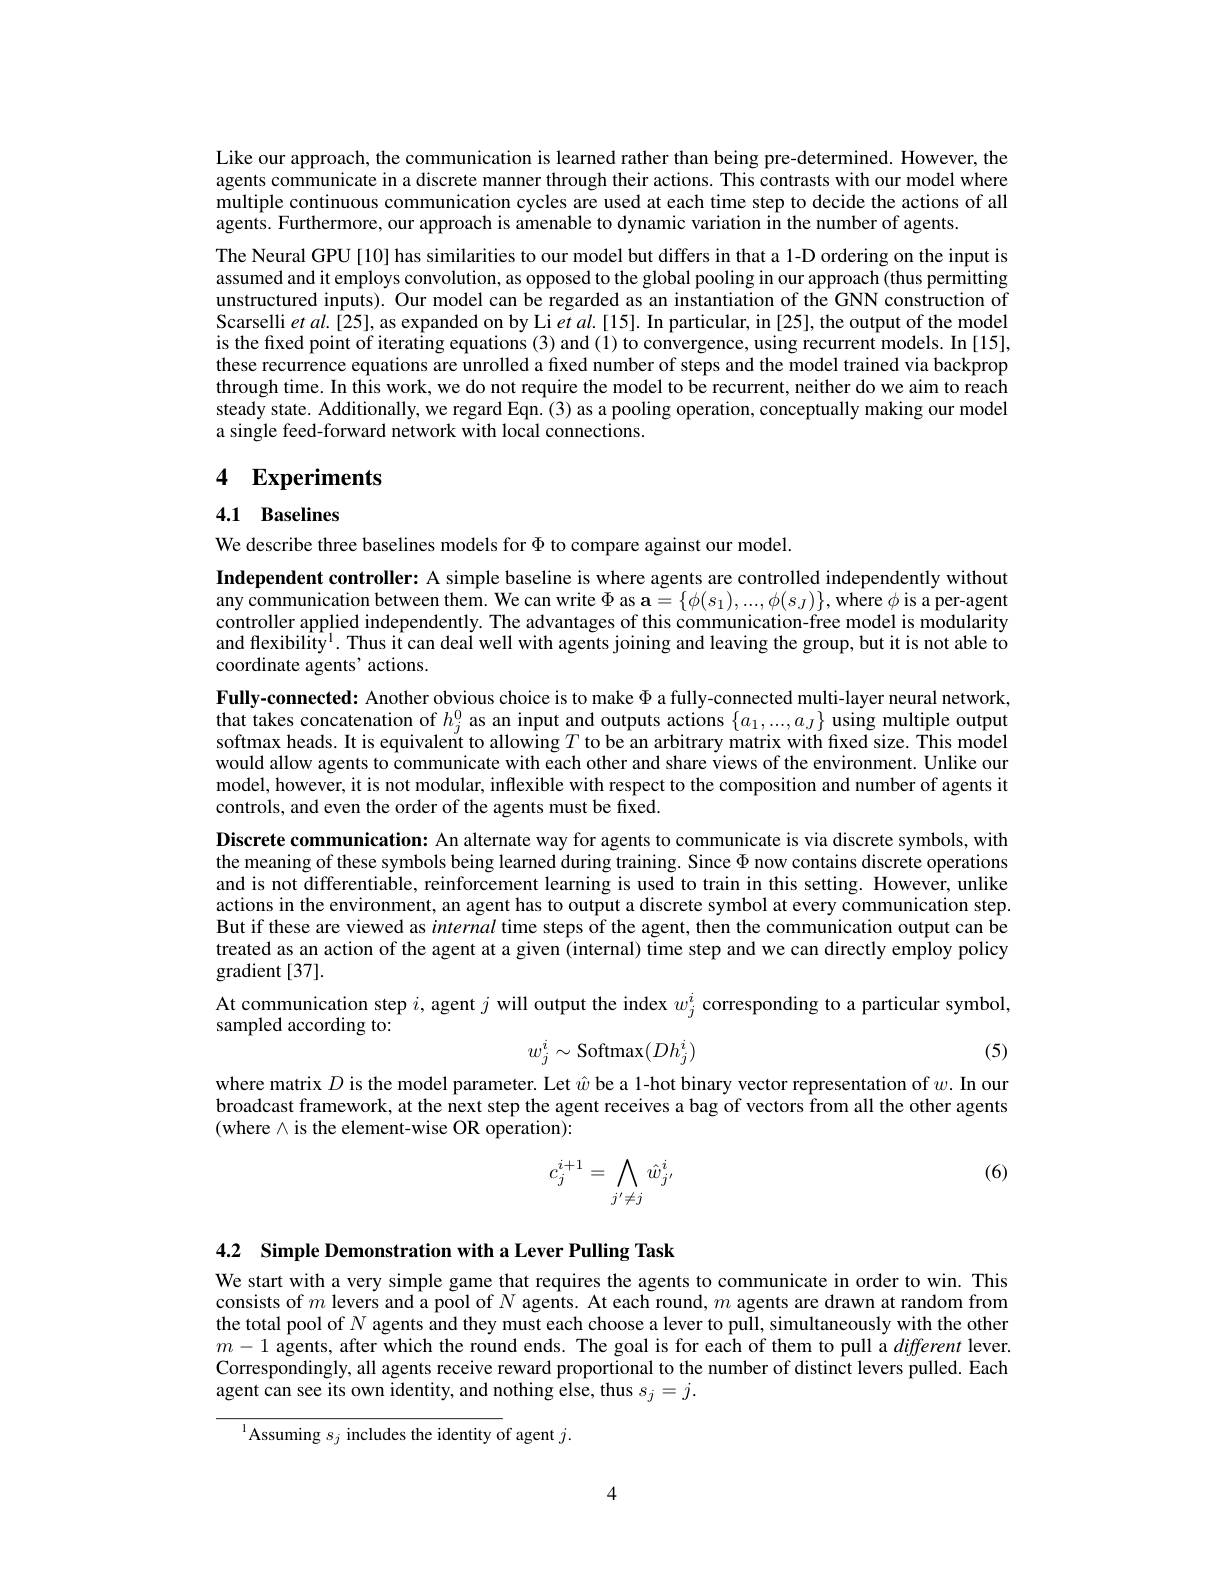
Like our approach, the communication is learned rather than being pre-determined. However, the agents communicate in a discrete manner through their actions. This contrasts with our model where multiple continuous communication cycles are used at each time step to decide the actions of all agents. Furthermore, our approach is amenable to dynamic variation in the number of agents.

The Neural GPU [10] has similarities to our model but differs in that a 1-D ordering on the input is assumed and it employs convolution, as opposed to the global pooling in our approach (thus permitting unstructured inputs). Our model can be regarded as an instantiation of the GNN construction of Scarselli $etal.[25]$, as expanded on by Li $etal.[15].$ In particular, in [25], the output of the model is the fixed point of iterating equations (3) and (1) to convergence, using recurrent models. In [15], these recurrence equations are unrolled a fixed number of steps and the model trained via backprop through time. In this work, we do not require the model to be recurrent, neither do we aim to reach steady state. Additionally, we regard Eqn. (3) as a pooling operation, conceptually making our model a single feed-forward network with local connections.

## 4 Experiments

4.1 Baselines

We describe three baselines models for $\Phi$ to compare against our model.

Independent controller: A simple baseline is where agents are controlled independently without $\hat {\text{any communication between them. We can write }\Phi }\mathbf{as}= \{ \phi ( s_1) , . . . , \phi ( s_J) \} , \hat {\text{where }\phi }$is a per-agent controller applied independently. The advantages of this communication-free model is modularity and flexibility$^1.$ Thus it can deal well with agents joining and leaving the group, but it is not able to coordinate agents' actions.
Fully-connected: Another obvious choice is to make $\Phi$ a fully-connected multi-layer neural network, that takes concatenation of $h_j^0$ as an input and outputs actions $\{a_1,...,a_J\}$ using multiple output softmax heads. It is equivalent to allowing $T$ to be an arbitrary matrix with fixed size. This model would allow agents to communicate with each other and share views of the environment. Unlike our model, however, it is not modular, inflexible with respect to the composition and number of agents it controls, and even the order of the agents must be fixed.
Discrete communication: An alternate way for agents to communicate is via discrete symbols, with the meaning of these symbols being learned during training. Since $\Phi$ now contains discrete operations and is not differentiable, reinforcement learning is used to train in this setting. However, unlike actions in the environment, an agent has to output a discrete symbol at every communication step. But if these are viewed as internal time steps of the agent, then the communication output can be treated as an action of the agent at a given (internal) time step and we can directly employ policy gradient [37].
At communication step $i$, agent $j$ will output the index $w_j^i$ corresponding to a particular symbol,
sampled according to:
$$w_j^i\sim\mathrm{Softmax}(Dh_j^i)$$
(5)

where matrix $D$ is the model parameter. Let $\hat{w}$ be a 1-hot binary vector representation of $w.$ In our broadcast framework, at the next step the agent receives a bag of vectors from all the other agents (where $\wedge$ is the element-wise OR operation):

(6)
$$c_j^{i+1}=\bigwedge_{j'\ne j}\hat w_{j'}^i$$
4.2 Simple Demonstration with a Lever Pulling Task

We start with a very simple game that requires the agents to communicate in order to win. This consists of $m$ levers and a pool of $N$ agents. At each round, $m$ agents are drawn at random from the total pool of $N$ agents and they must each choose a lever to pull, simultaneously with the other $m-1$ agents, after which the round ends. The goal is for each of them to pull a different lever. Correspondingly, all agents receive reward proportional to the number of distinct levers pulled. Each agent can see its own identity, and nothing else, thus $s_j=j.$

$^{1}$Assuming $s_j$ includes the identity of agent $j.$

4